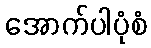
အောက်ပါပုံစံ